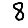
Digit: 8